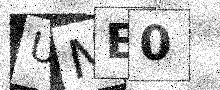
Text: UNE0